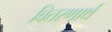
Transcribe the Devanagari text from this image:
वितरणार्थ